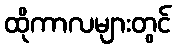
ထိုကာလများတွင်